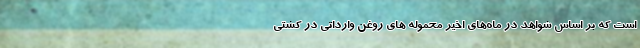
است که بر اساس شواهد در ماه‌های اخیر محموله های روغن وارداتی در کشتی